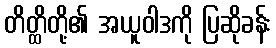
တိတ္ထိတို့၏ အယူဝါဒကို ပြဆိုခန်း